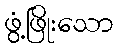
ဖွံ့ဖြိုးသော